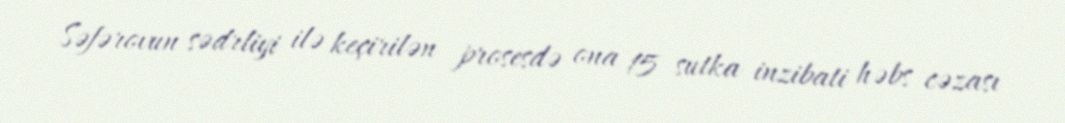
Səfərovun sədrliyi ilə keçirilən prosesdə ona 15 sutka inzibati həbs cəzası